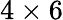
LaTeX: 4\times 6